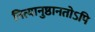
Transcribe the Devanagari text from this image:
नित्यानुष्ठानतोऽपि